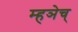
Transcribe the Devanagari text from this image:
म्हञेच्